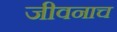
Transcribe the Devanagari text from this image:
जीवनाच